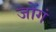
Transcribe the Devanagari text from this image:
जोंगं